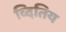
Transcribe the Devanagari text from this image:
व्दितिय